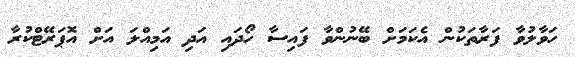
ހަވާލުވާ ފަރާތަކުން އެކަމަށް ބޭނުންްވާ ފައިސާ ހޯދައި އަދި އަމިއްލަ އަށް އޮޕަރޭޓްކުރާ